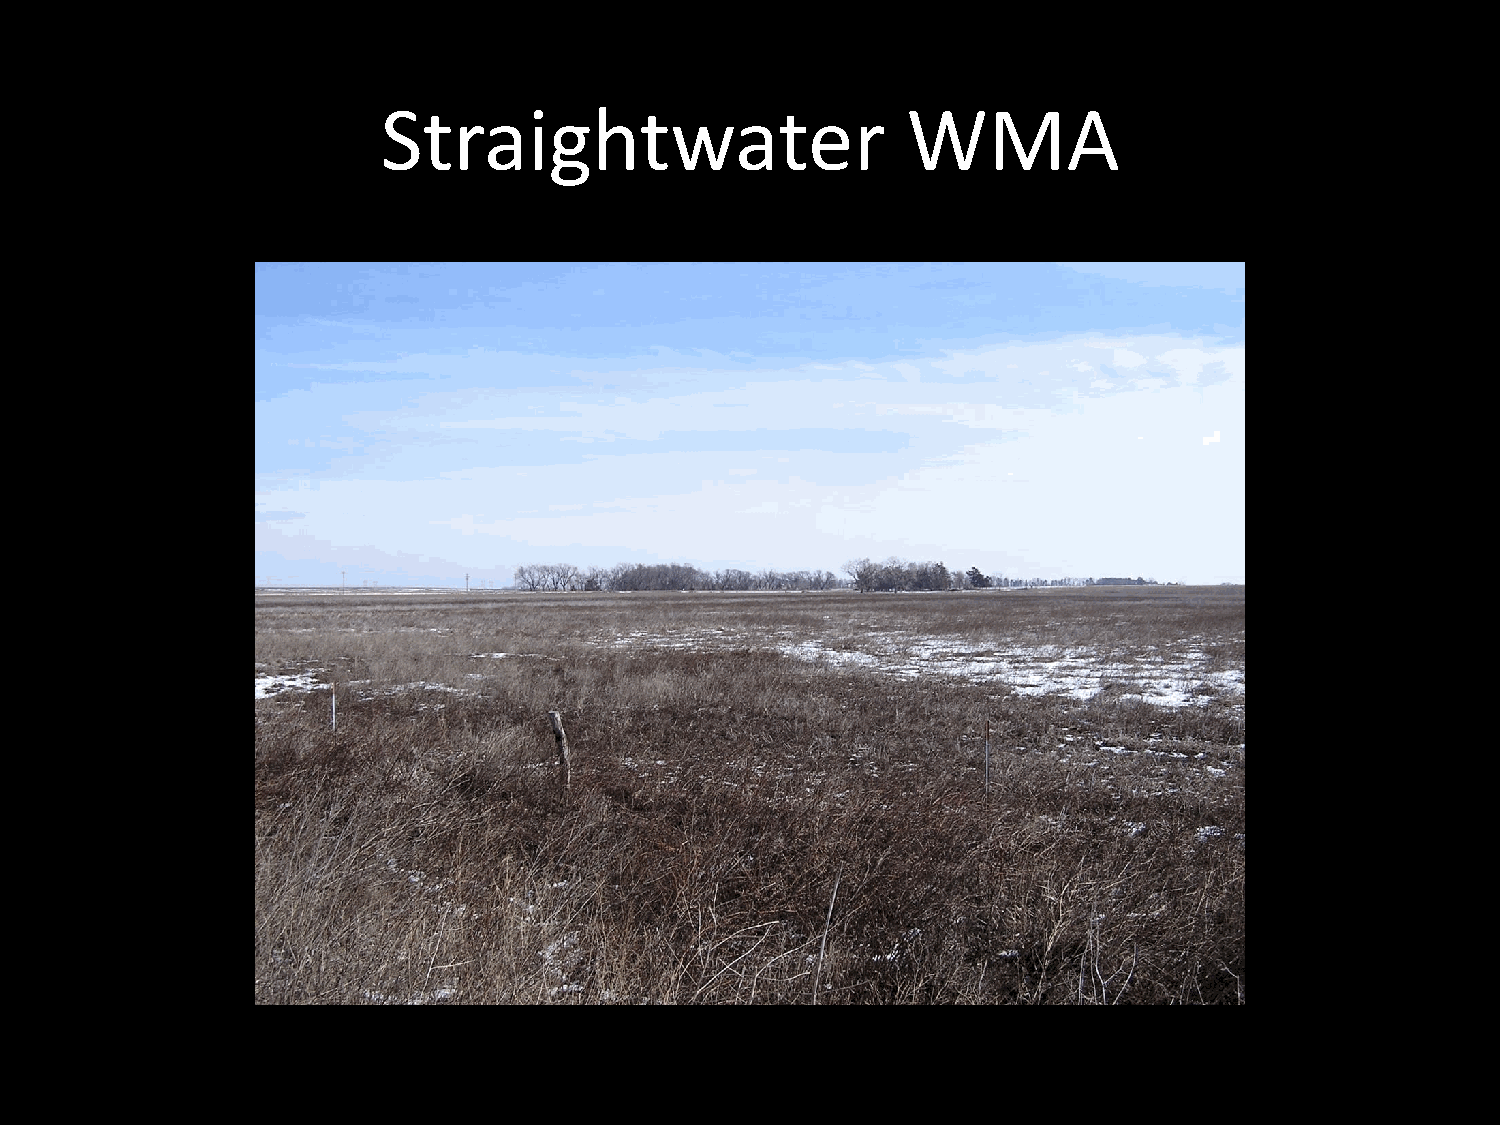
Straightwater                      WMA